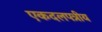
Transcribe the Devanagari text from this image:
एकदलपत्रीय